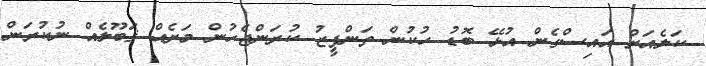
ކަލެއަށް އައިސްގެން އުޅޭ ބޮޑު ހުކުން ތަންފީޒު ކުރަންޖެހުން މަށެއް ޤަބޫލެއް ނުކުރަން